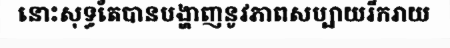
នោះសុទ្ធតែបានបង្ហាញនូវភាពសប្បាយរីករាយ